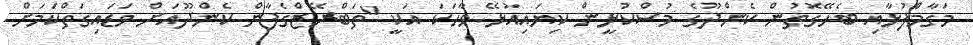
މަގާމްފުޅާއި ބެހޭގޮތުން ކެންދޫގެ މުސްކުޅީން ކިޔައިއުޅޭ ވާހަކަ އަކީ "ތަބްރޭޒްގެފާން ކެންދޫއަށް ވަޑައިގަތްކަމަށް